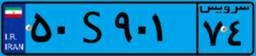
۵۰S۹۰۱۷۴